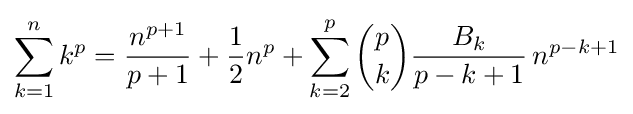
\sum _{k=1}^{n}k^{p}={\frac {n^{p+1}}{p+1}}+{\frac {1}{2}}n^{p}+\sum _{k=2}^{p}{\binom {p}{k}}{\frac {B_{k}}{p-k+1}}\,n^{p-k+1}